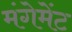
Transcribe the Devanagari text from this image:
मंगेमेंट